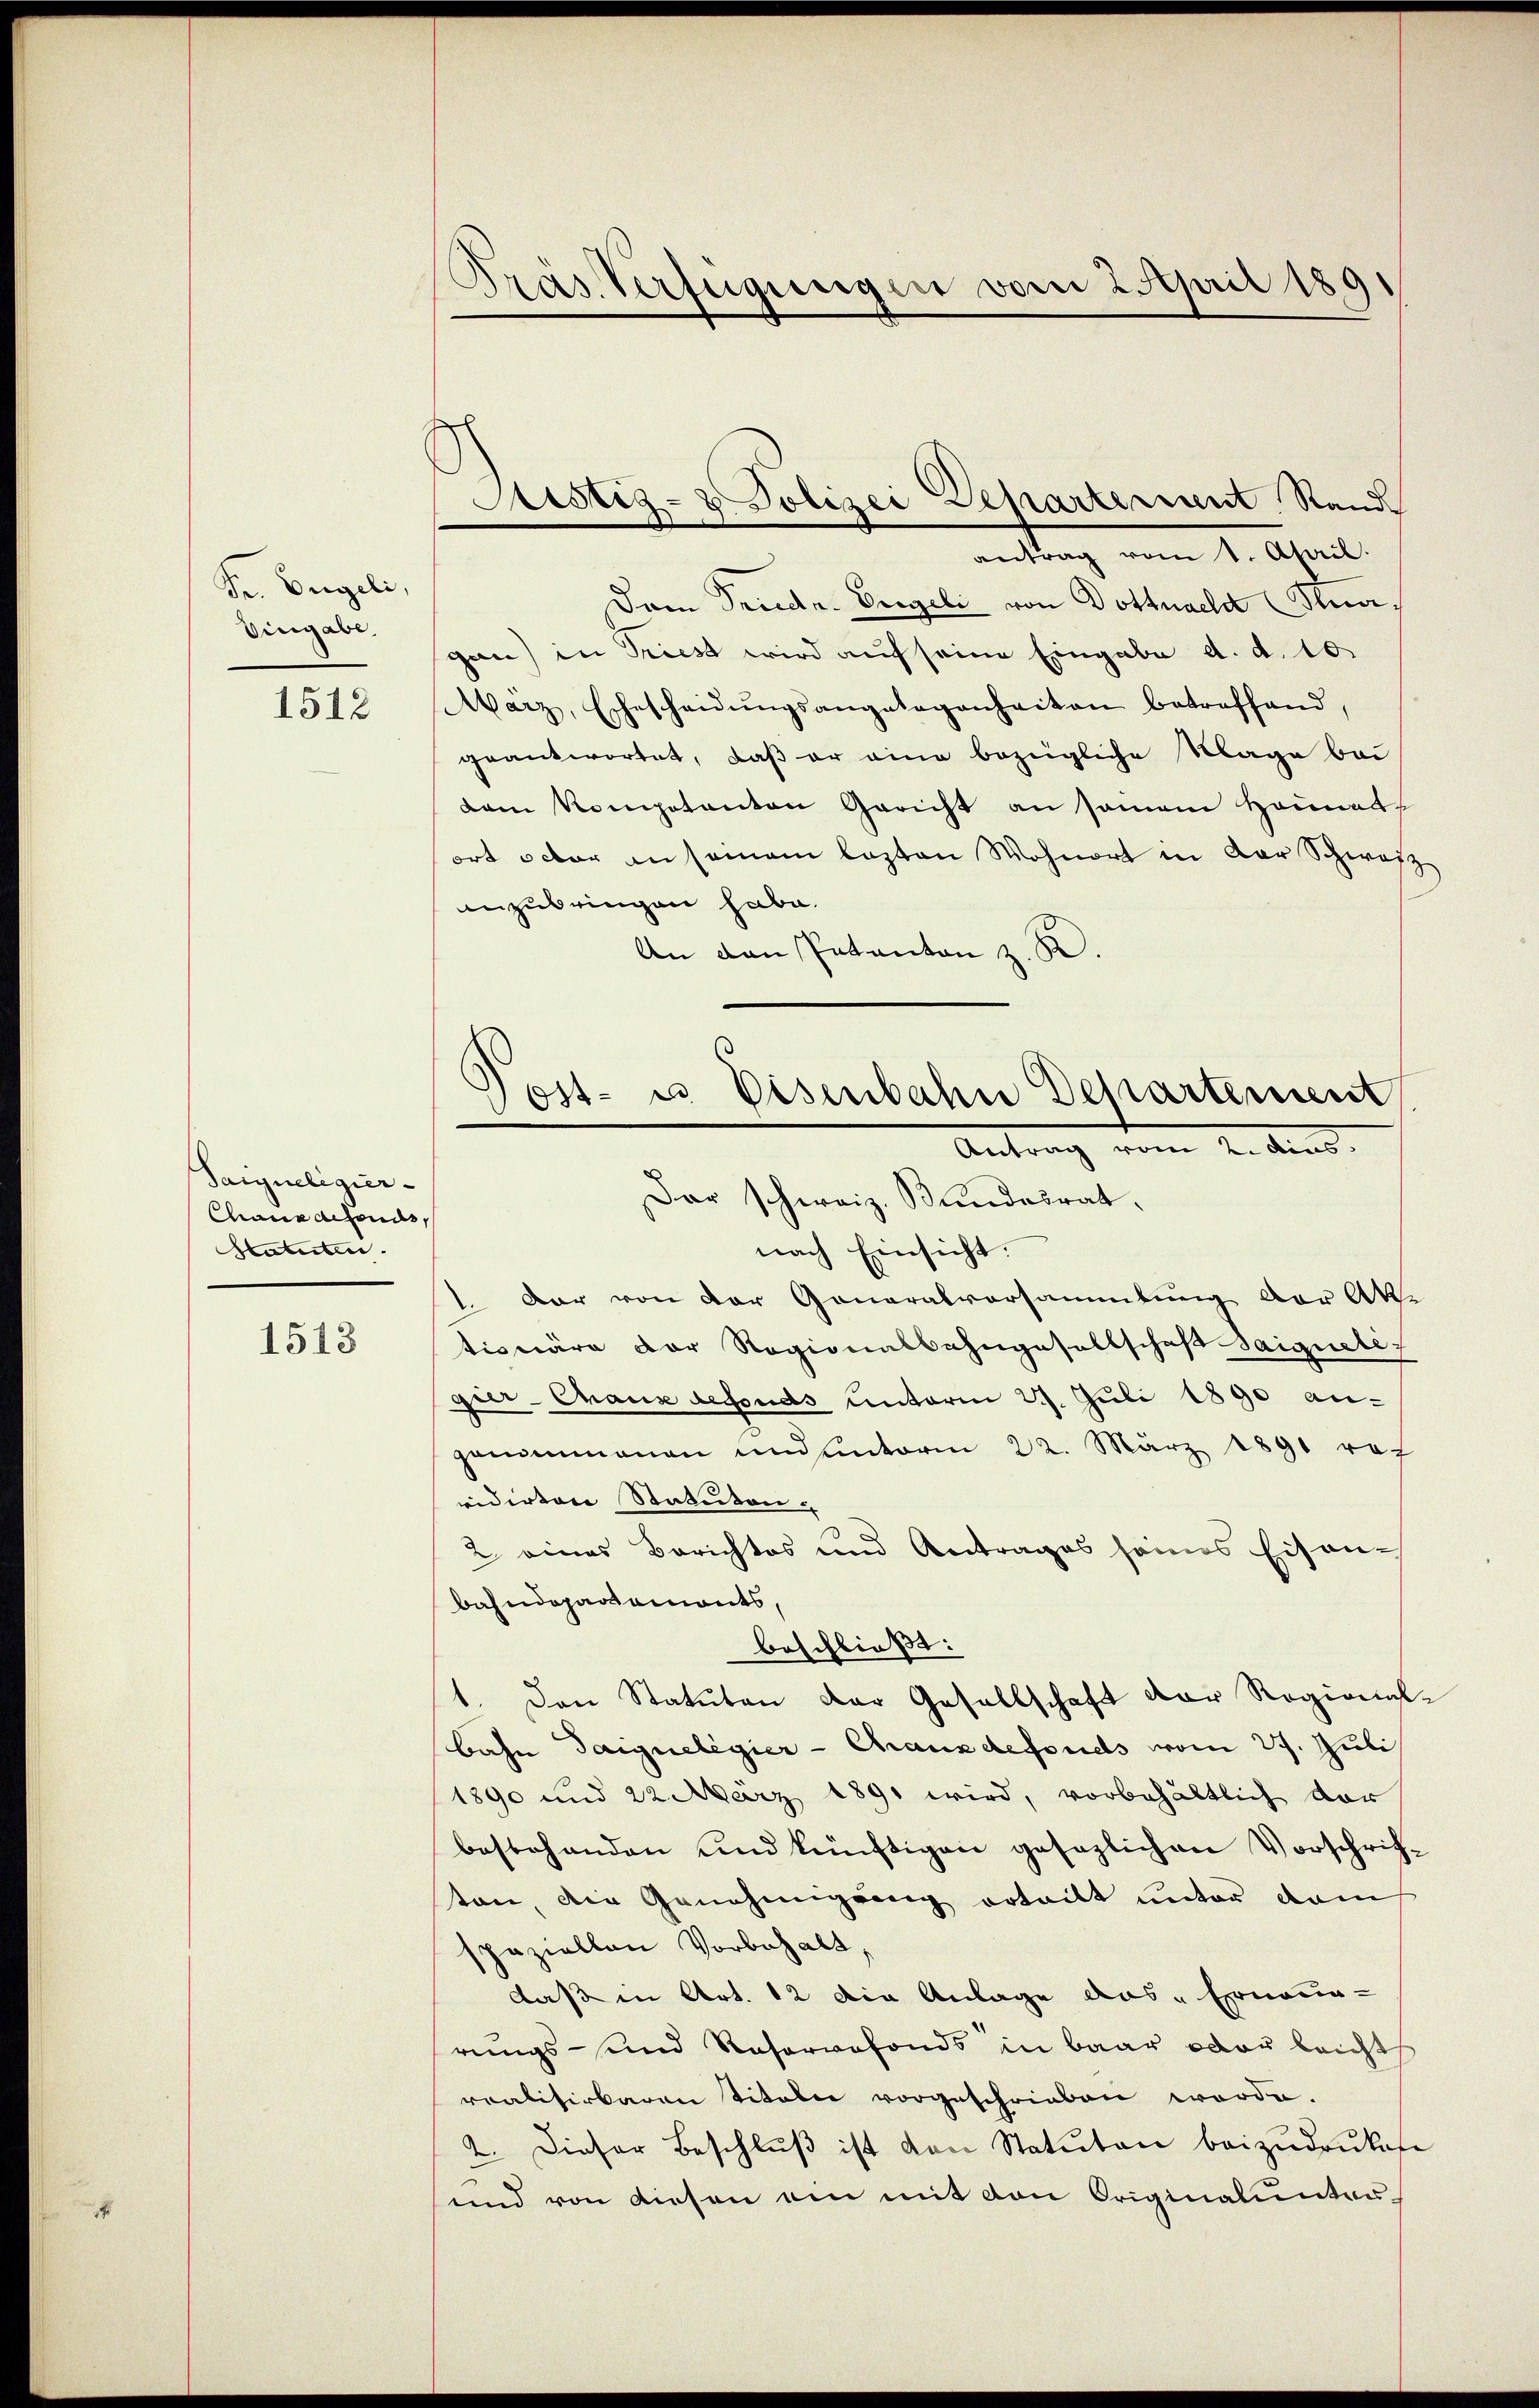
Fr. Engeli,
Vingabe

1512

Saigueligier
Chaus defonds,
Statuten. |

1513

Präs. Verfügungen vom 2. April 1891

Sistiz- & Polizei Departement Stand

antrag vom 1. April.
Dam Friedr. Engeli von Dottuaela Knagan) in Triest wird auf seine Eingabe d. d. 10
März, Ehescheidŭngsangelegenheiten betreffend,
geantwortet, daß er eine bezügliche Klage bei
dam Kompotanton Gericht an samem Heimats
ort octor ansamem lezten Wohnort in der Schwarz
anzubringen habe.
An den Pakanton z. R.

Post- u Eisenbahn Departement
Antrag vom 4. And.
Dar schweiz. Bundesrat,

nach Einsicht.
dar von der Generalvorsammlung der Ak
tionäre der Ragionalbahngesellschaft saignete z
gier-Chaux defonds unterm 27. Juli 1890 anganimanen und hinterm 22. März 1891 re
vidirten Statuten- |
2 eines Berichtes und Antrages seines Eisenbahndepartaments,
beschließt:
1. Den Statuten der Gesellschaft der Regional-
bahn dargueligier-Chauxdefonds vom 27. Juli
1890 und 22. März 1891 wird, vorbehältlich der
bestehenden und künftigen gesezlichen Vorschrifton, die Genehmigung erteilt unter dam
spaziellen Vorbehalt,
daß in Art. 12 die Anlage das Erneun-
rungs- und Reservefonds in baar oder leicht
realisirbaren titoler vorgeschrieben worde.
2. Dieser Beschlŭβ ist von Statuten beizudruken
und von diesen am mit den Originalunter-